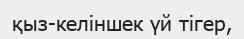
қыз-келіншек үй тігер,